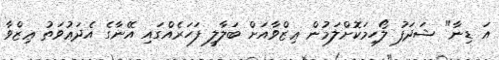
އަ ޑިނާ" ޝަދަފު ލޯހިމަކޮށްލަމުން ޢިޒްވާއަށް ބަލާލީ ފަހަރެއްގައި އޭނާގެ އެދަޢުވަތު ޢިޒްވާ